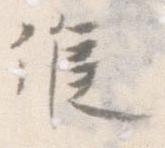
候